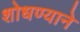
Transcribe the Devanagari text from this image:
शोधण्याने